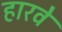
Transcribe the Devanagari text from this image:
हारवे